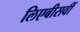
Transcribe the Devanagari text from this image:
लिएबीसवीं